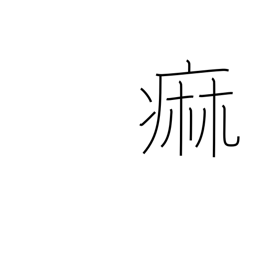
Meaning: paralysis